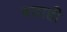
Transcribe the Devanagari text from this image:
बडाही